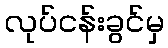
လုပ်ငန်းခွင်မှ